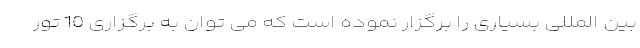
بین المللی بسیاری را برگزار نموده است که می توان به برگزاری 10 تور